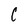
Character: C